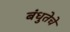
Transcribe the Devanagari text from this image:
बंधुतेचे